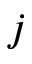
j